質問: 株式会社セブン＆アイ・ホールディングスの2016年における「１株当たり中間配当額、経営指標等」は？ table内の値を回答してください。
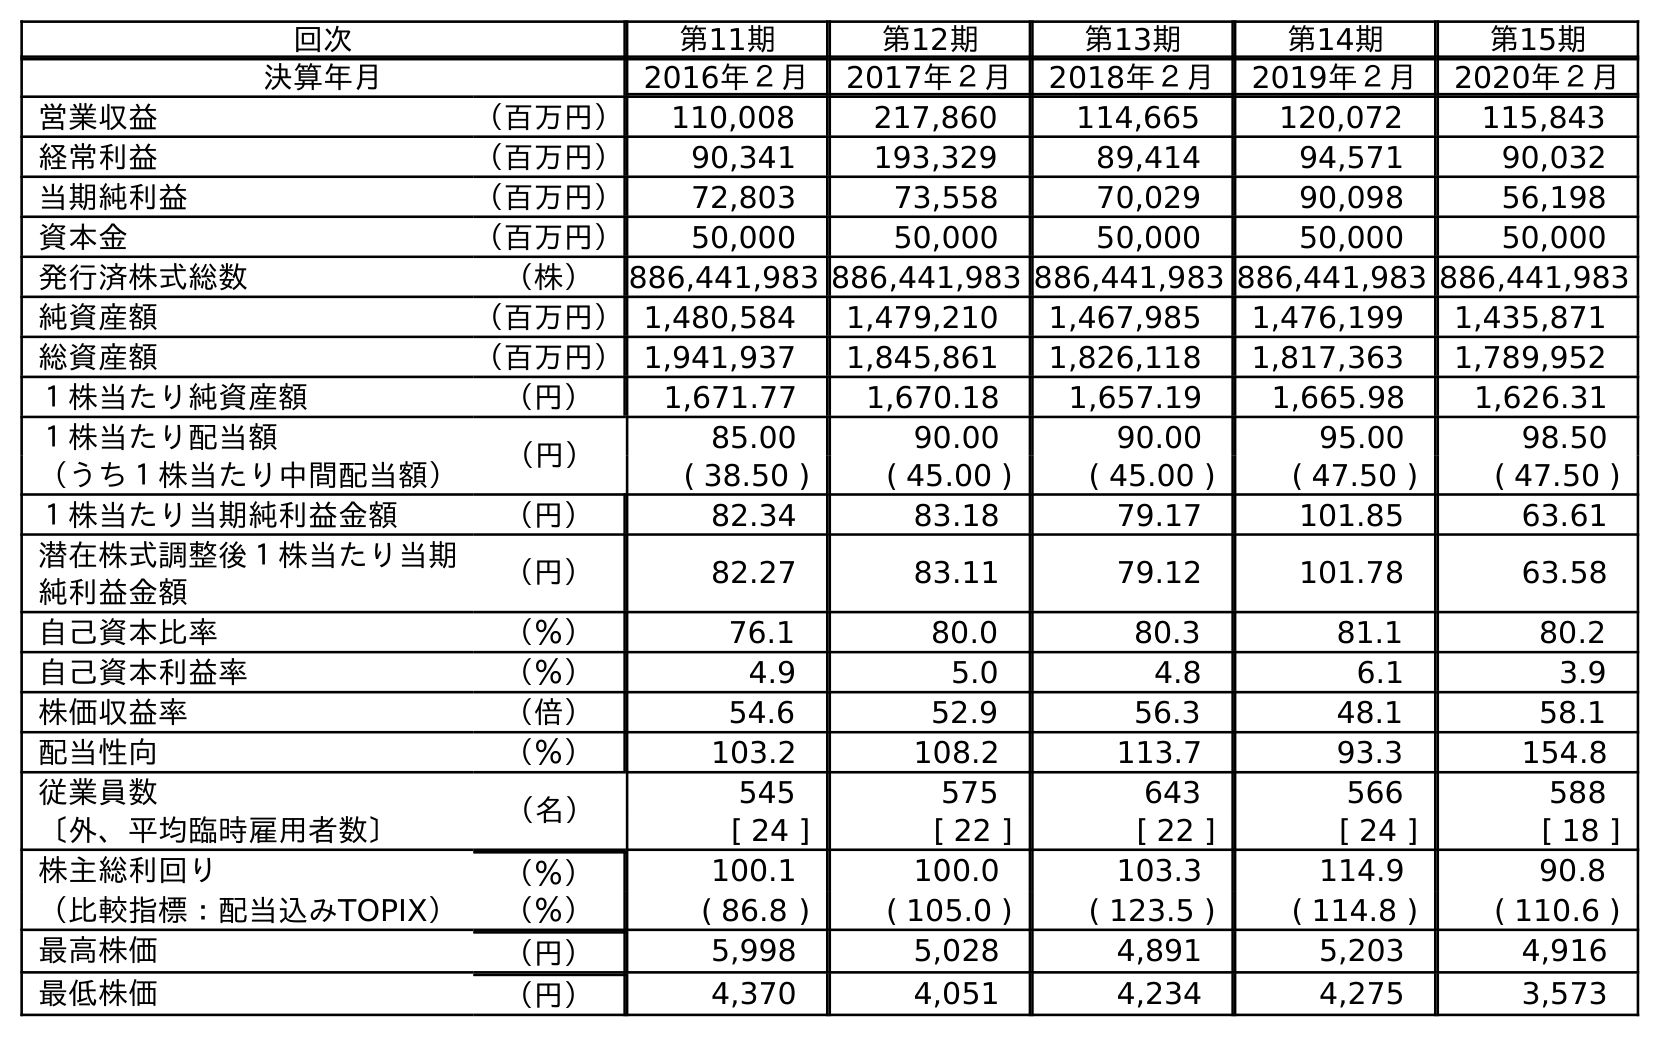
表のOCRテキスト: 回次 第11期 第12期 第13期 第14期 第15期 決算年月 2016年２月 2017年２月 2018年２月 2019年２月 2020年２月 営業収益 （百万円） 110,008 217,860 114,665 120,072 115,843 経常利益 （百万円） 90,341 193,329 89,414 94,571 90,032 当期純利益 （百万円） 72,803 73,558 70,029 90,098 56,198 資本金 （百万円） 50,000 50,000 50,000 50,000 50,000 発行済株式総数 （株） 886,441,983 886,441,983 886,441,983 886,441,983 886,441,983 純資産額 （百万円）1,480,584 1,479,210 1,467,985 1,476,199 1,435,871 総資産額 （百万円）1,941,937 1,845,861 1,826,118 1,817,363 1,789,952 １株当たり純資産額 （円） 1,671.77 1,670.18 1,657.19 1,665.98 1,626.31 １株当たり配当額 （円） 85.00 90.00 90.00 95.00 98.50 （うち１株当たり中間配当額） ( 38.50 ) ( 45.00 ) ( 45.00 ) ( 47.50 ) ( 47.50 ) １株当たり当期純利益金額 （円） 82.34 83.18 79.17 101.85 63.61 潜在株式調整後１株当たり当期 純利益金額 （円） 82.27 83.11 79.12 101.78 63.58 自己資本比率 （％） 76.1 80.0 80.3 81.1 80.2 自己資本利益率 （％） 4.9 5.0 4.8 6.1 3.9 株価収益率 （倍） 54.6 52.9 56.3 48.1 58.1 配当性向 （％） 103.2 108.2 113.7 93.3 154.8 従業員数 （名） 545 575 643 566 588 〔外、平均臨時雇用者数〕 [ 24 ] [ 22 ] [ 22 ] [ 24 ] [ 18 ] 株主総利回り （％） 100.1 100.0 103.3 114.9 90.8 （比較指標：配当込みTOPIX） （％） ( 86.8 ) ( 105.0 ) ( 123.5 ) ( 114.8 ) ( 110.6 ) 最高株価 （円） 5,998 5,028 4,891 5,203 4,916 最低株価 （円） 4,370 4,051 4,234 4,275 3,573
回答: (38.50)